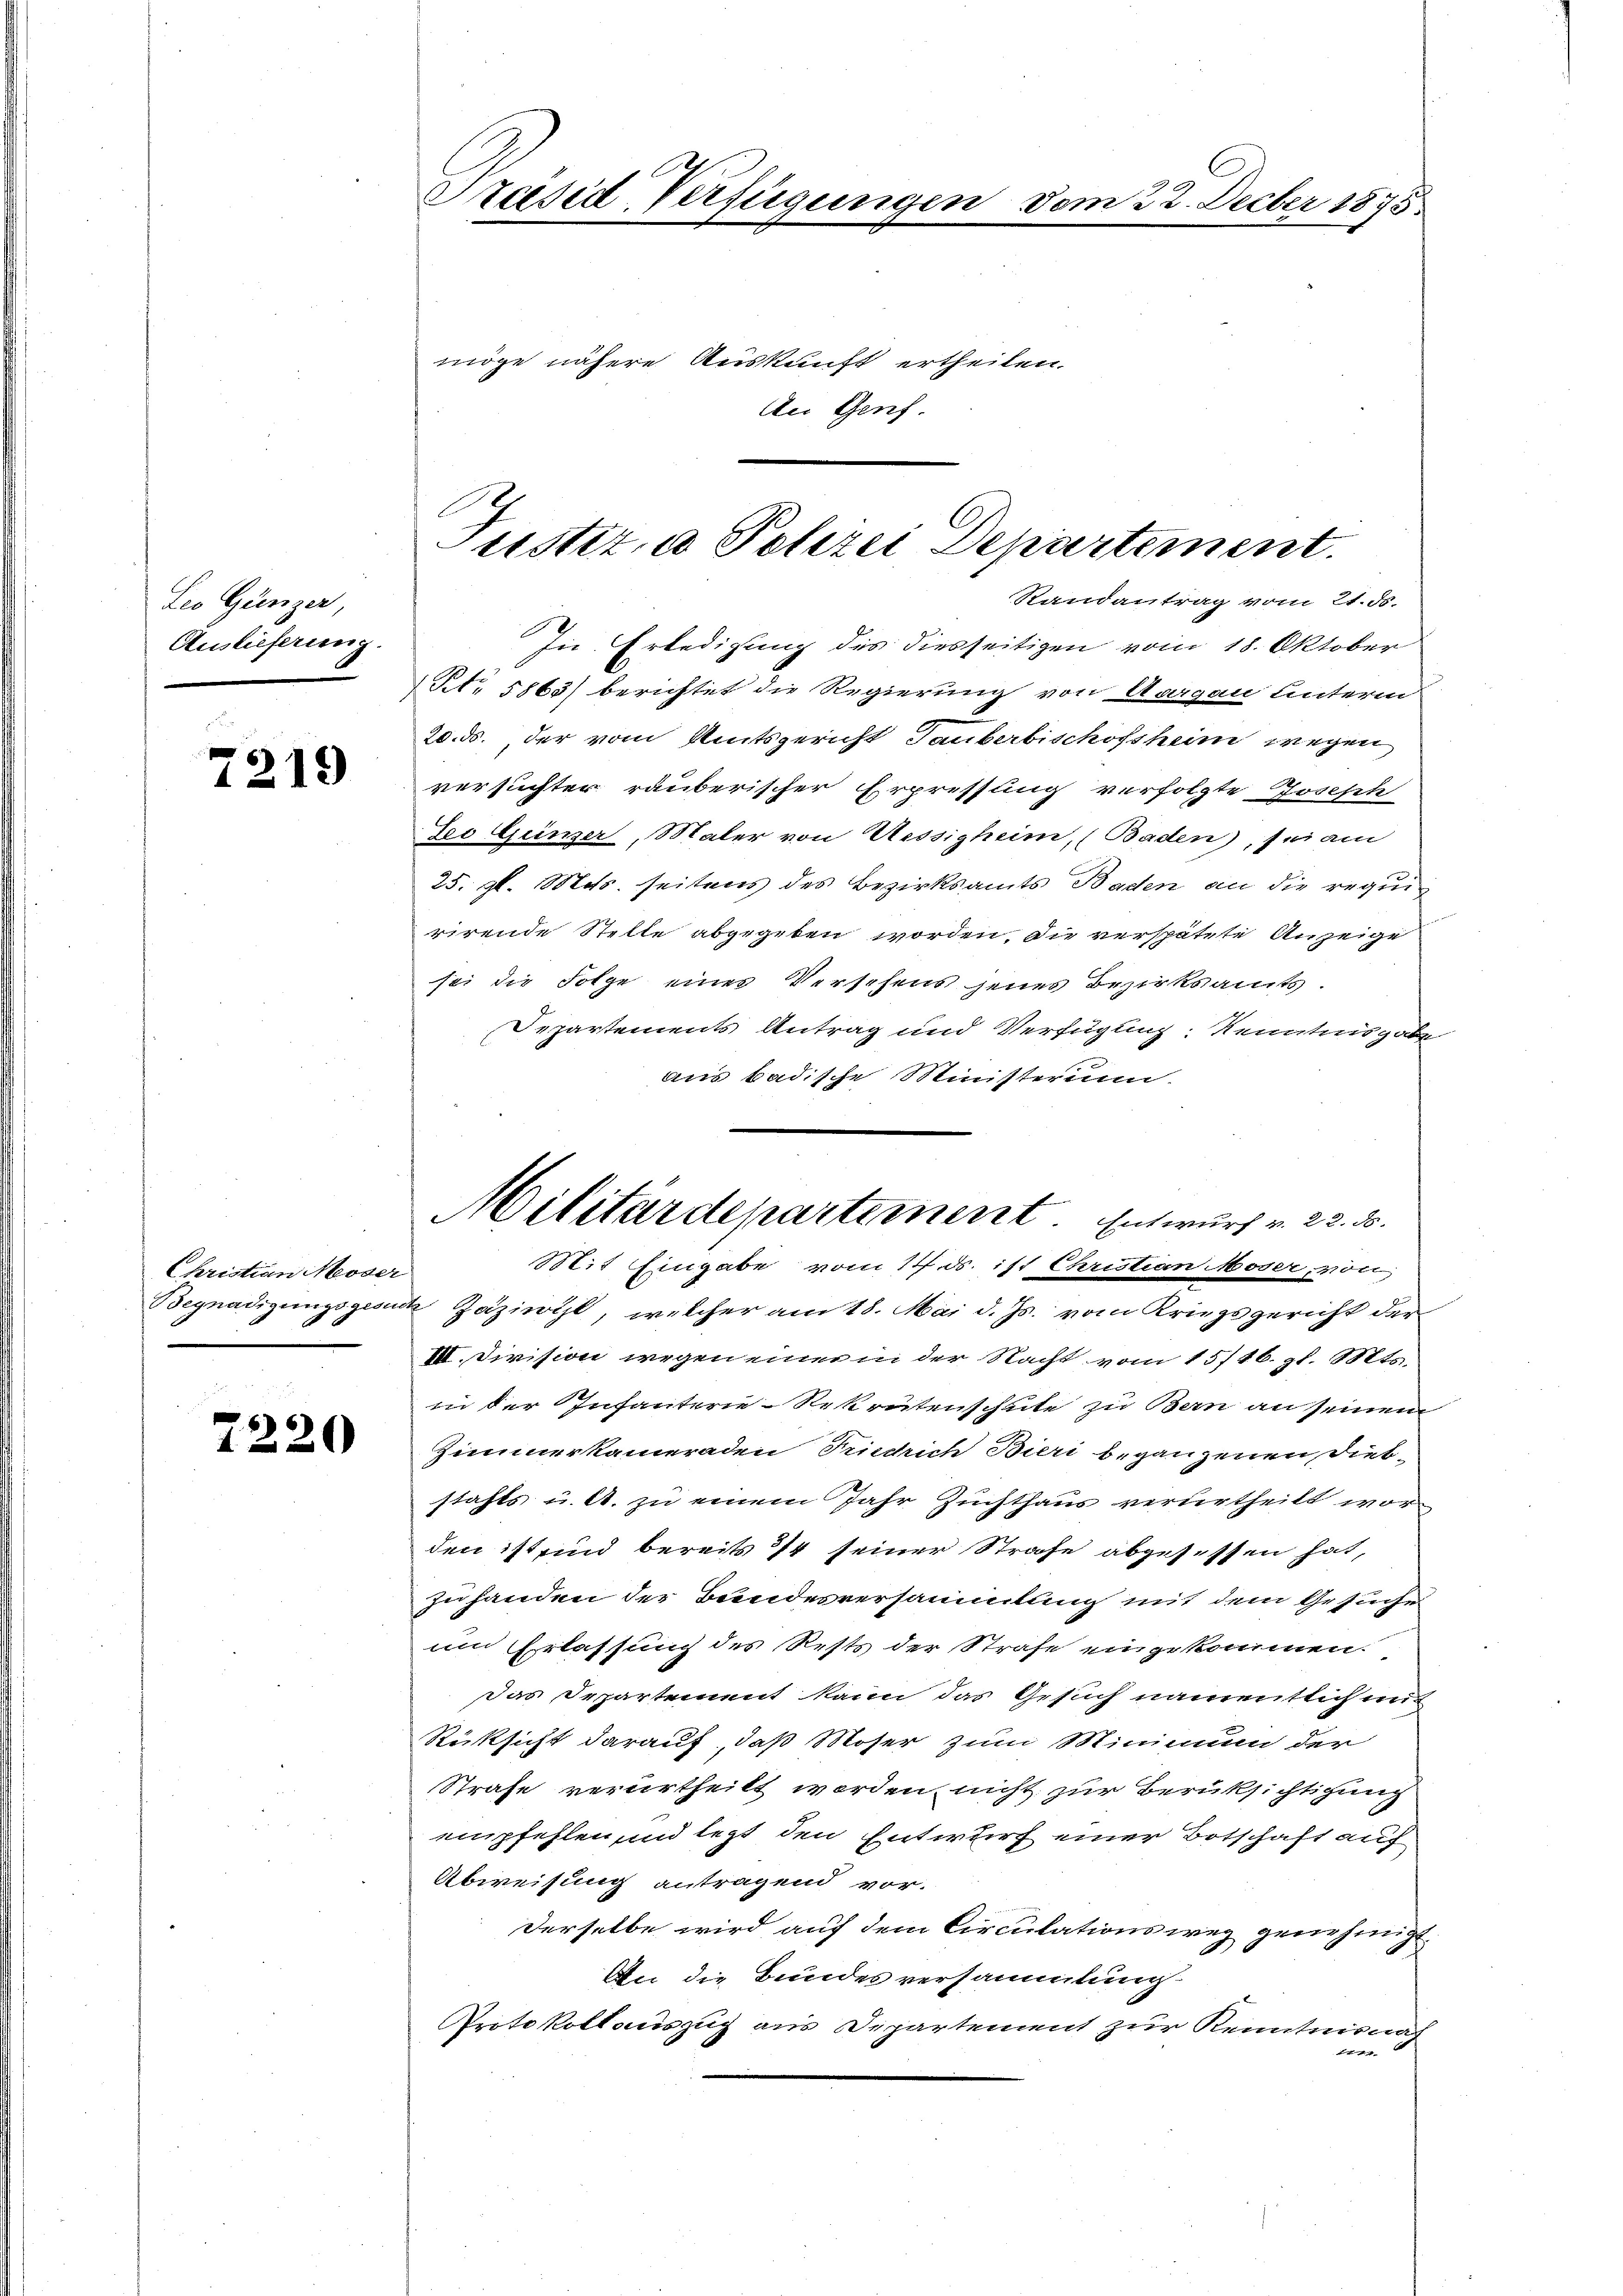
Leo Grenzer,
Auslieferung.

7219

Christian Moser

7220

Präsid-Verfügunge

möge nähere Auskunft ertheilen.
An Genf.

Justiz, u. Polizei Departement.
Randantrag vom 21. ds.

Militärdepartement. Entwurf v. 23. 30.

m 22. Decber 1875.

In Erledigung des diesseitigen vom 18. Oktober
Nr 5863) berichtet die Regierung von Aargau unterm
20. ds., der vom Amtsgericht Tauberbischofsheim wegen
versuchter räuberischer Erpressung verfolgte Joseph
Jeo Geinzer, Maler von Sessigheim, (Baden, sei am
25. gl. Mts. seitens des Bezirksamts Baden an die requi
rirende Stelle abgegeben worden, die verspätete Anzeige
sei die Folge einer Verschens jenes Bezirksamts.
Departements Antrag und Verfügung: Kenntnisgabe
aus badische Ministerum.
Stit Eingabe vom 14. ds. ist Christian Moser, von
Begnadigungsgeste Zäziwil, welcher am 18. Mai d. Js. vom Kriegsgericht der
III. Division wegen einer in der Nacht vom 15716. gl. Mts.
ii der Infanterie-Rekrutenschule zu Bern an seinem
Zimmerkameraden Friedrich Bieri begangenen Diebstahls u. A. zu einem Jahr Zuchthaus verurtheilt worden ist sind bereits 1/4 seiner Strafe abgesessen hat,
zuhanden der Bundesversammlung mit dem Gesuche
und Erlassung des Rests der Strafe eingekommen.
Das Departement kann das Gesuch namentlich mich
Rücksicht darauf, daß Moser zum Minimum der
Strafe verurtheilt worden, nicht zur Berüksichtigung
empfehlen, und legt den Entwurf einer Botschaft auf
Abweisung antragend vor.
Derselbe wird auf dem Circulationsweg genehmigt.
An die Bundes versammlung
Protokollauszug aus Departement zur Kenntnisnah
e